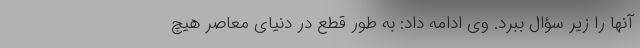
آنها را زیر سؤال ببرد. وی ادامه داد: به طور قطع در دنیای معاصر هیچ